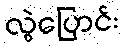
လွဲပြောင်း